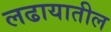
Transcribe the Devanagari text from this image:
लढायातील